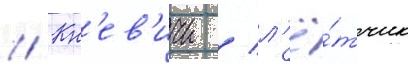
// Кн'ев'ичи / л'ё́тчик